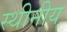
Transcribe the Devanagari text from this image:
स्थीनीय